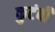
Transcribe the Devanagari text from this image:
कुटंबी